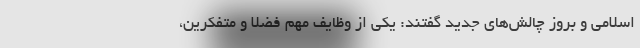
اسلامی و بروز چالش‌های جدید گفتند: یکی از وظایف مهم فضلا و متفکرین،